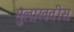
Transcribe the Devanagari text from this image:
मुलाखतीस